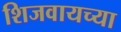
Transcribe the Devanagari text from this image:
शिजवायच्या